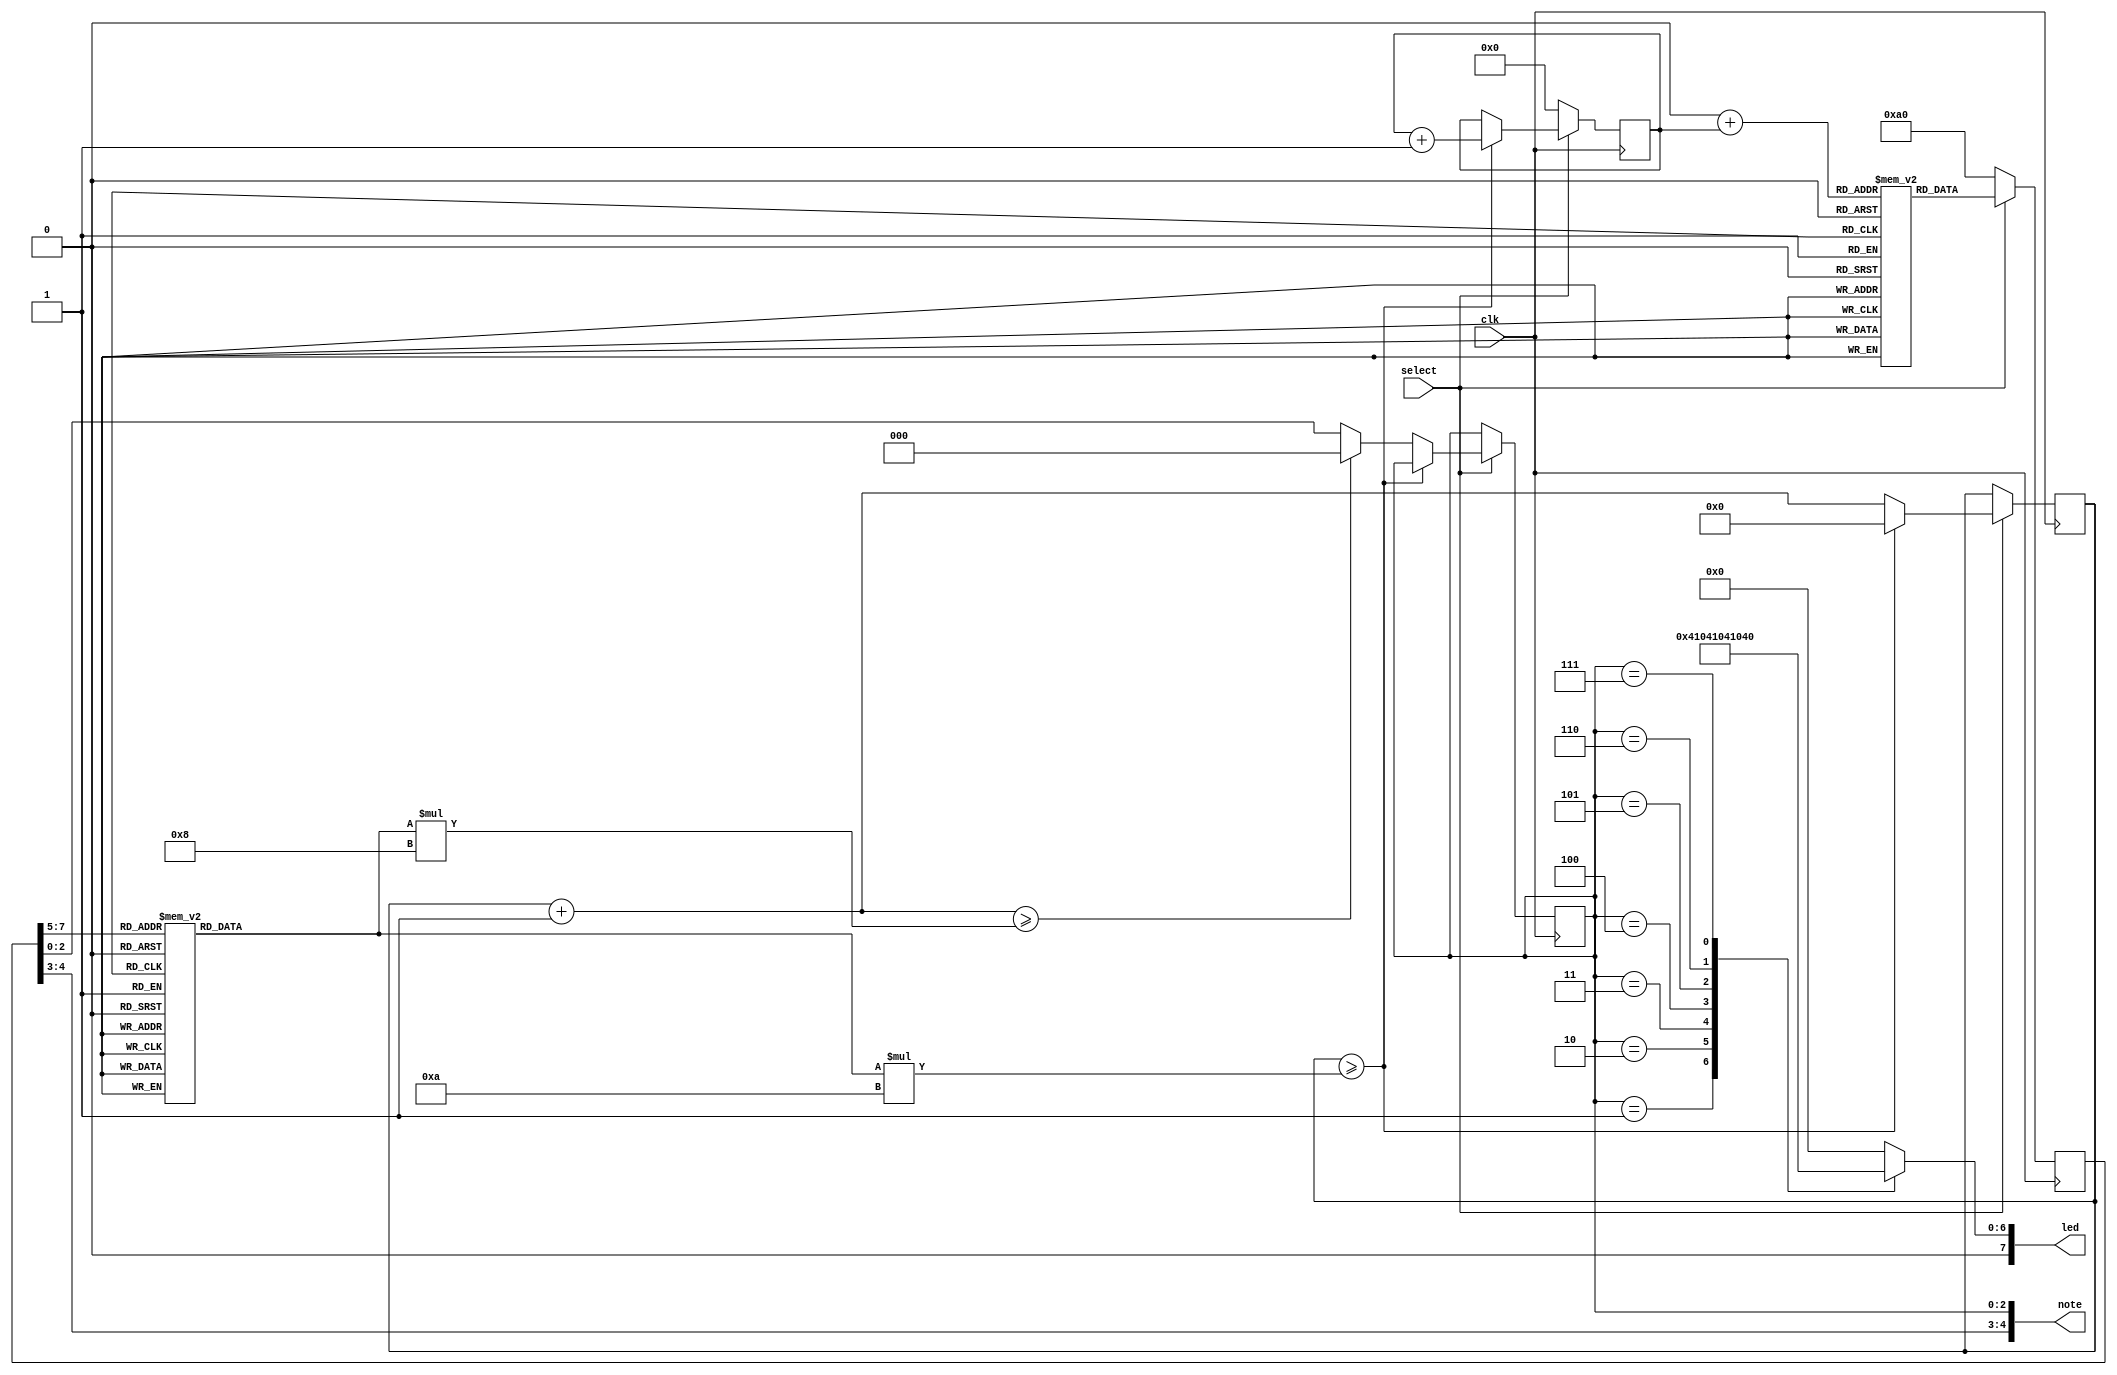
module autoplay_mode(
    input clk,
    input select,
    output reg [7:0] led,
    output [4:0] note);
    
    reg [7:0] info;
    reg [8:0] counter;
    reg [2:0] beat;
    reg [1:0] range;
    reg [2:0] key;
    
    reg [7:0] song [2:0][170:0];
    reg [1:0] num = 2'h0;
    reg [31:0] t;
    reg [31:0] portion;
    
    always @(*) begin
        beat = info[7:5];
        range = info[4:3];
    end
        
    always @(*) begin
        case (beat)
            3'b000: portion = 30000000;
            3'b001: portion = 7500000;
            3'b010: portion = 15000000;
            3'b011: portion = 2500000;
            3'b100: portion = 5000000;
            3'b101: portion = 10000000;
            3'b110: portion = 20000000;
            3'b111: portion = 40000000;
        endcase
    end
    
    always @(*) begin
        case (key)
            3'h1: led = 8'h1;
            3'h2: led = 8'h2;
            3'h3: led = 8'h4;
            3'h4: led = 8'h8;
            3'h5: led = 8'h10;
            3'h6: led = 8'h20;
            3'h7: led = 8'h40;
            default: led = 8'h0;
        endcase
    end
    
    always @(posedge clk) begin
        if (select) begin
            info <= song[num][counter];
            if (t >= portion * 10) begin
                t <= 0;
                counter <= counter + 6'b1;
            end
            else begin
                t = t + 1;
                if (t >= portion * 8) begin
                    key <= 3'h0;
                end
                else key <= info[2:0];
            end
        end
        else begin
            counter <= 6'h0;
            info <= 8'b10100000;
        end
    end
    
    assign note = {range, key};
       
endmodule